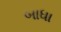
બાધા